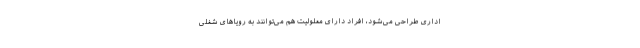
اداری طراحی می‌شود، افراد دارای معلولیت هم می‌توانند به رویاهای شغلی